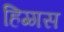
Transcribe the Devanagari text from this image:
हिग्गस